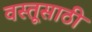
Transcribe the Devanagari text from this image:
वस्तूसाठी